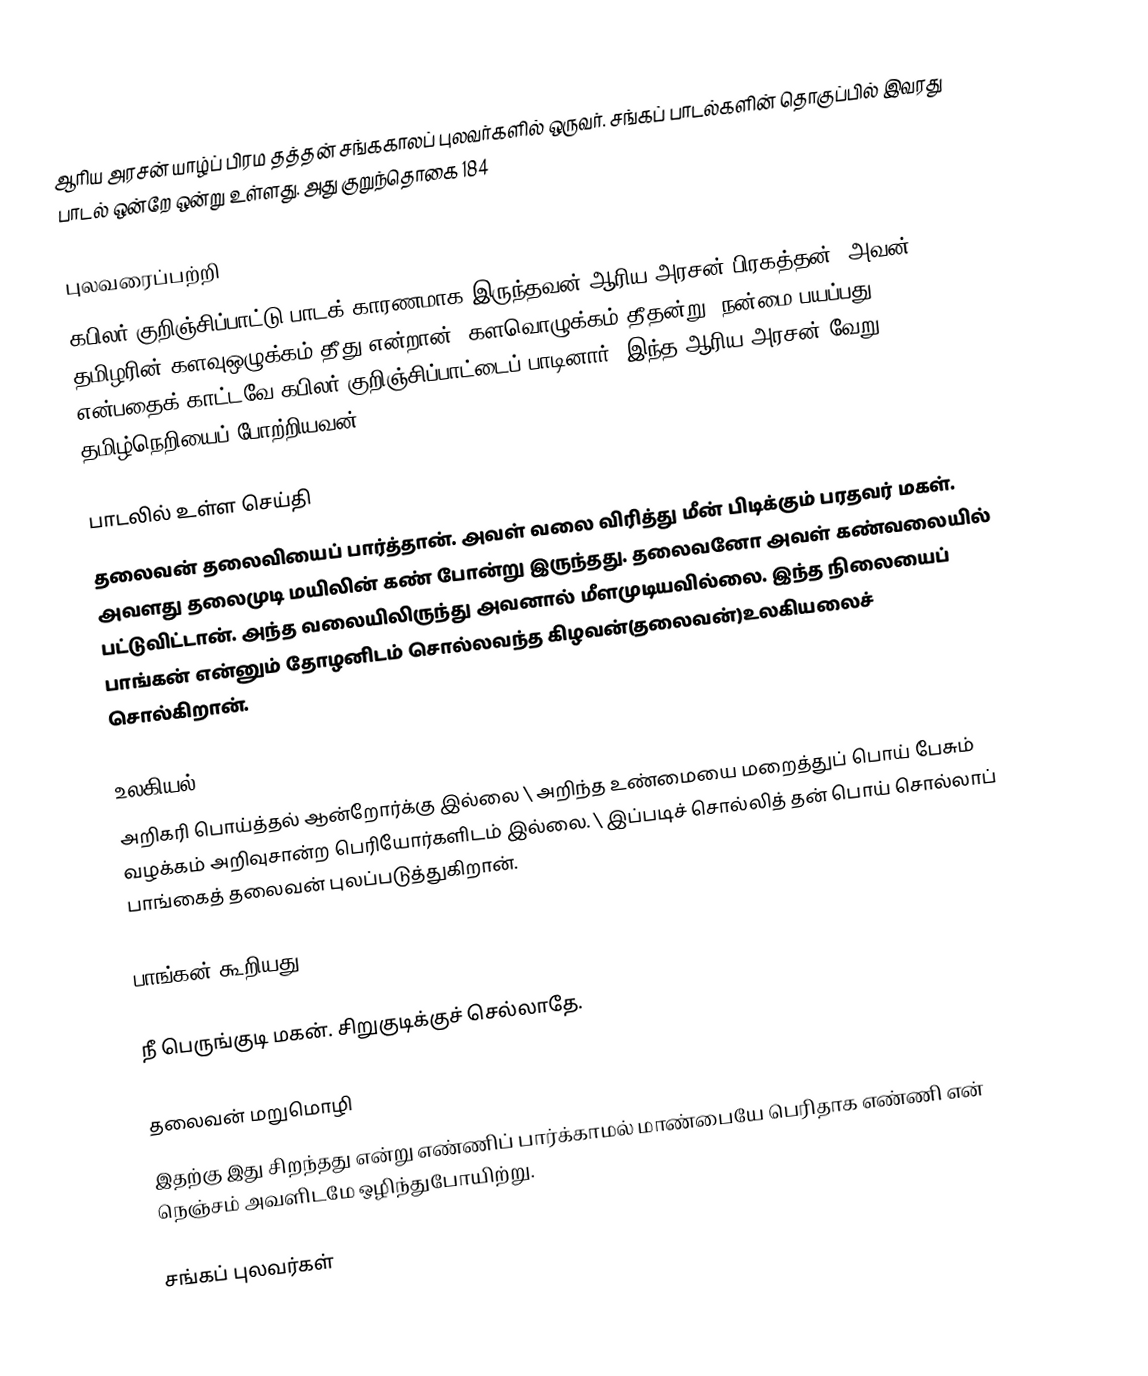
ஆரிய அரசன் யாழ்ப் பிரம தத்தன் சங்ககாலப் புலவர்களில் ஒருவர். சங்கப் பாடல்களின் தொகுப்பில் இவரது பாடல் ஒன்றே ஒன்று உள்ளது. அது குறுந்தொகை 184

புலவரைப்பற்றி
கபிலர் குறிஞ்சிப்பாட்டு பாடக் காரணமாக இருந்தவன் ஆரிய அரசன் பிரகத்தன். அவன் தமிழரின் களவுஒழுக்கம் தீது என்றான். களவொழுக்கம் தீதன்று, நன்மை பயப்பது என்பதைக் காட்டவே கபிலர் குறிஞ்சிப்பாட்டைப் பாடினார். இந்த ஆரிய அரசன் வேறு. தமிழ்நெறியைப் போற்றியவன்.

பாடலில் உள்ள செய்தி
தலைவன் தலைவியைப் பார்த்தான். அவள் வலை விரித்து மீன் பிடிக்கும் பரதவர் மகள். அவளது தலைமுடி மயிலின் கண் போன்று இருந்தது. தலைவனோ அவள் கண்வலையில் பட்டுவிட்டான். அந்த வலையிலிருந்து அவனால் மீளமுடியவில்லை. இந்த நிலையைப் பாங்கன் என்னும் தோழனிடம் சொல்லவந்த கிழவன்(தலைவன்)உலகியலைச் சொல்கிறான்.

உலகியல்
அறிகரி பொய்த்தல் ஆன்றோர்க்கு இல்லை \ அறிந்த உண்மையை மறைத்துப் பொய் பேசும் வழக்கம் அறிவுசான்ற பெரியோர்களிடம் இல்லை. \ இப்படிச் சொல்லித் தன் பொய் சொல்லாப் பாங்கைத் தலைவன் புலப்படுத்துகிறான்.

பாங்கன் கூறியது

நீ பெருங்குடி மகன். சிறுகுடிக்குச் செல்லாதே.

தலைவன் மறுமொழி
இதற்கு இது சிறந்தது என்று எண்ணிப் பார்க்காமல் மாண்பையே பெரிதாக எண்ணி என் நெஞ்சம் அவளிடமே ஒழிந்துபோயிற்று.

சங்கப் புலவர்கள்